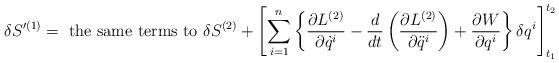
LaTeX: \begin{align*}\delta S'^{(1)}={\textrm{ the same terms to }} \delta S^{(2)}+\left[\sum^{n}_{i=1}\left\{\frac{\partial L^{(2)}}{\partial \dot{q}^{i}}-\frac{d}{dt}\left(\frac{\partial L^{(2)}}{\partial \ddot{q}^{i}}\right)+\frac{\partial W}{\partial q^{i}}\right\}\delta q^{i}\right]^{t_{2}}_{t_{1}}\end{align*}